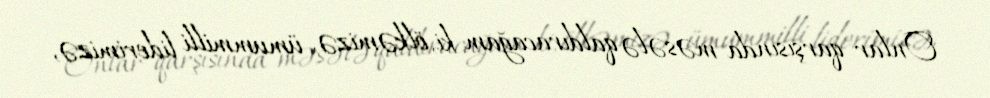
Onlar qarşısında məsələ qaldıracağam ki, ölkəmizə, ümummilli liderimizə,